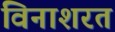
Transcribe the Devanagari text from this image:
विनाशरत